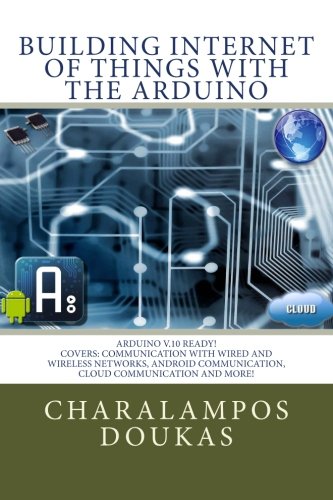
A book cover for Building Internet of Things with the Arduino (Volume 1); Charalampos Doukas; Computers & Technology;